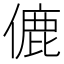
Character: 𬿚